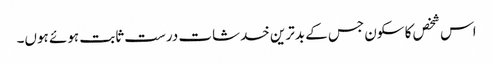
اس شخص کا سکون جس کے بدترین خدشات درست ثابت ہوئے ہوں۔